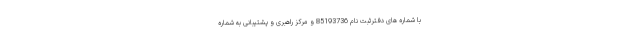
با شماره های دفترثبت نام 85193736 و مرکز راهبری و پشتیبانی به شماره